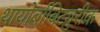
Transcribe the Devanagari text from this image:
थायोर्बाबिट्युरीक